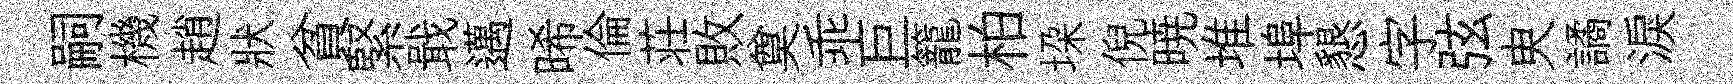
嗣機趙狀貧緊戢邁晞倫荘敗奠乖巨籠柏垜倪暁堆埠懇字弦㬰譎淚